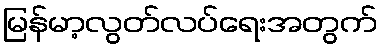
မြန်မာ့လွတ်လပ်ရေးအတွက်